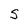
Character: S